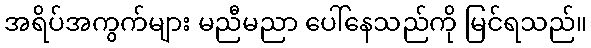
အရိပ်အကွက်များ မညီမညာ ပေါ်နေသည်ကို မြင်ရသည်။